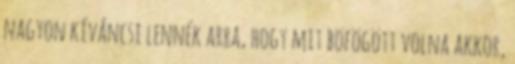
nagyon kíváncsi lennék arra, hogy mit böfögött volna akkor,